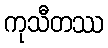
ကုသီတဿ